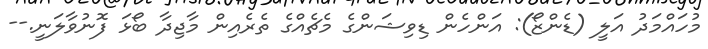
މުހައްމަދު އަލީ (ޑެންޒޯ): އަންހެން ޑިވިޝަންގެ މެޗެއްގެ ތެރެއިން މާޖިދާ ބޯޅަ ފޮނުވާލަނީ.--